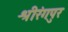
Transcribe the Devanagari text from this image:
श्रीरंगपुर